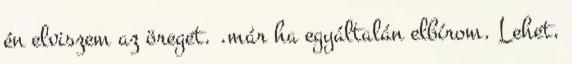
én elviszem az öreget. .már ha egyáltalán elbírom. Lehet,